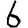
Digit: 6